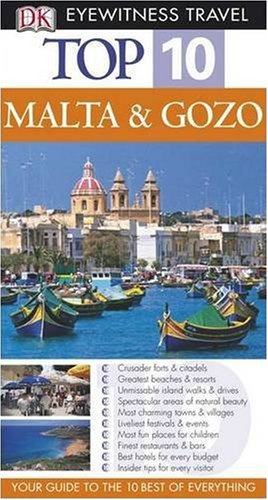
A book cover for Malta and Gozo (DK Eyewitness Top 10 Travel Guide); Travel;